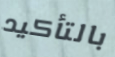
بالتأكيد